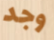
وجد